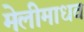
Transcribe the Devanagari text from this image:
मेलीमाधव